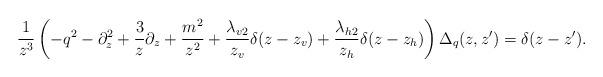
LaTeX: \begin{align*}\frac{1}{z^3} \left( -q^2 - \partial_z^2 + \frac{3}{z}\partial_z + \frac{m^2}{z^2} + \frac{\lambda_{v2}}{z_v} \delta(z-z_v) +\frac{\lambda_{h2}}{z_h} \delta(z-z_h) \right) \Delta_q(z,z')= \delta(z-z').\end{align*}